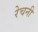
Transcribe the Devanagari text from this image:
रेचनी